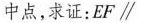
中点，求证：EF \parallel